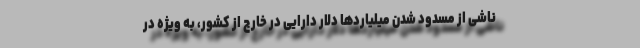
ناشی از مسدود شدن میلیاردها دلار دارایی در خارج از کشور، به ویژه در